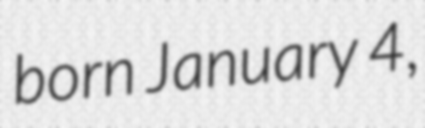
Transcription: born January 4,